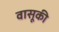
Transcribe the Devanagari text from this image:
वासूकी